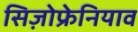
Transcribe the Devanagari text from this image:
सिज़ोफ्रेनियाव